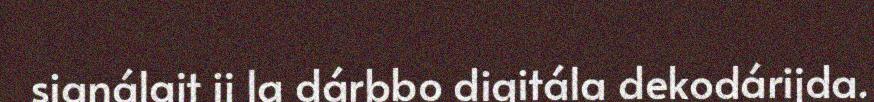
signálajt ij la dárbbo digitála dekodárijda.